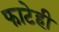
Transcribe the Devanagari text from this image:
फाटेही